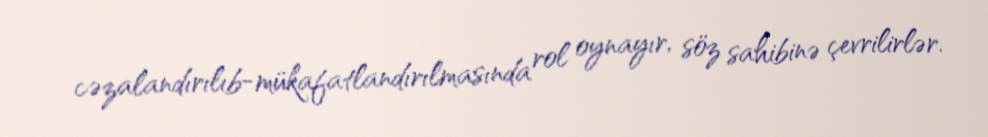
cəzalandırılıb-mükafatlandırılmasında rol oynayır, söz sahibinə çevrilirlər.